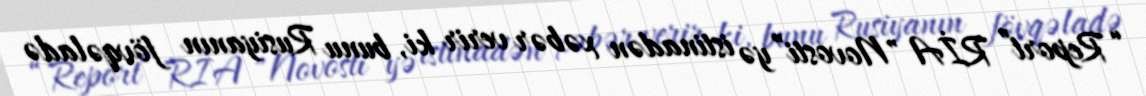
“Report” RİA "Novosti”yə istinadən xəbər verir ki, bunu Rusiyanın fövqəladə